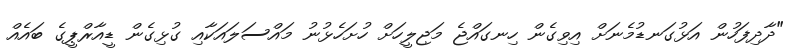
"ދާދިފަހުން އަޅުގަނޑުމެނަށް އިވިގެން ހިނގައްޖެ މަޖިލީހަށް ހުށަހެޅުނު މައްސަލައަކާއި ގުޅިގެން ޑީއާރްޕީގެ ބައެއް